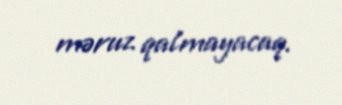
məruz qalmayacaq.